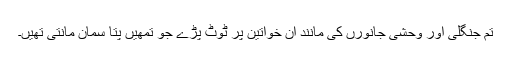
تم جنگلی اور وحشی جانورں کی مانند ان خواتین پر ٹوٹ پڑے جو تمھیں پتا سمان مانتی تھیں۔